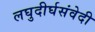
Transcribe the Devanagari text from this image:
लघुदीर्घसंवेदी